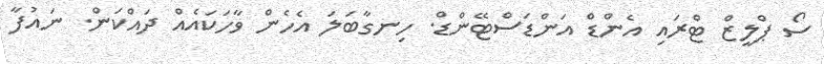
ސޯ ޕްލީޒް ޓްރައި އެންޑް އަންޑަސްޓޭންޑް. ހިނގާބަލަ އެހެން ވާހަކައެއް ދައްކަން. ނައުފާ